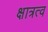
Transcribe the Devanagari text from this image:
क्षात्रत्व